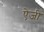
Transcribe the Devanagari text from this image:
ऐजी